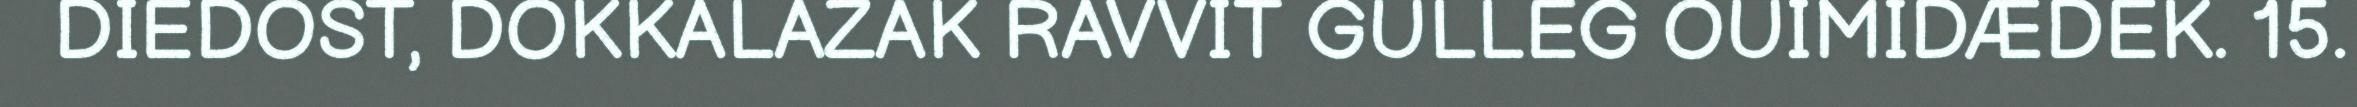
DIEDOST, DOKKALAZAK RAVVIT GULLEG OUIMIDÆDEK. 15.